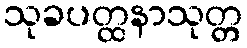
သုခပတ္ထနာသုတ္တ